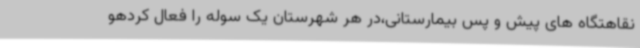
نقاهتگاه های پیش و پس بیمارستانی،در هر شهرستان یک سوله را فعال کردهو